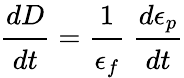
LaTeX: {\cfrac{dD}{dt}}={\cfrac{1}{\epsilon_{f}}}~{\cfrac{d\epsilon_{p}}{dt}}